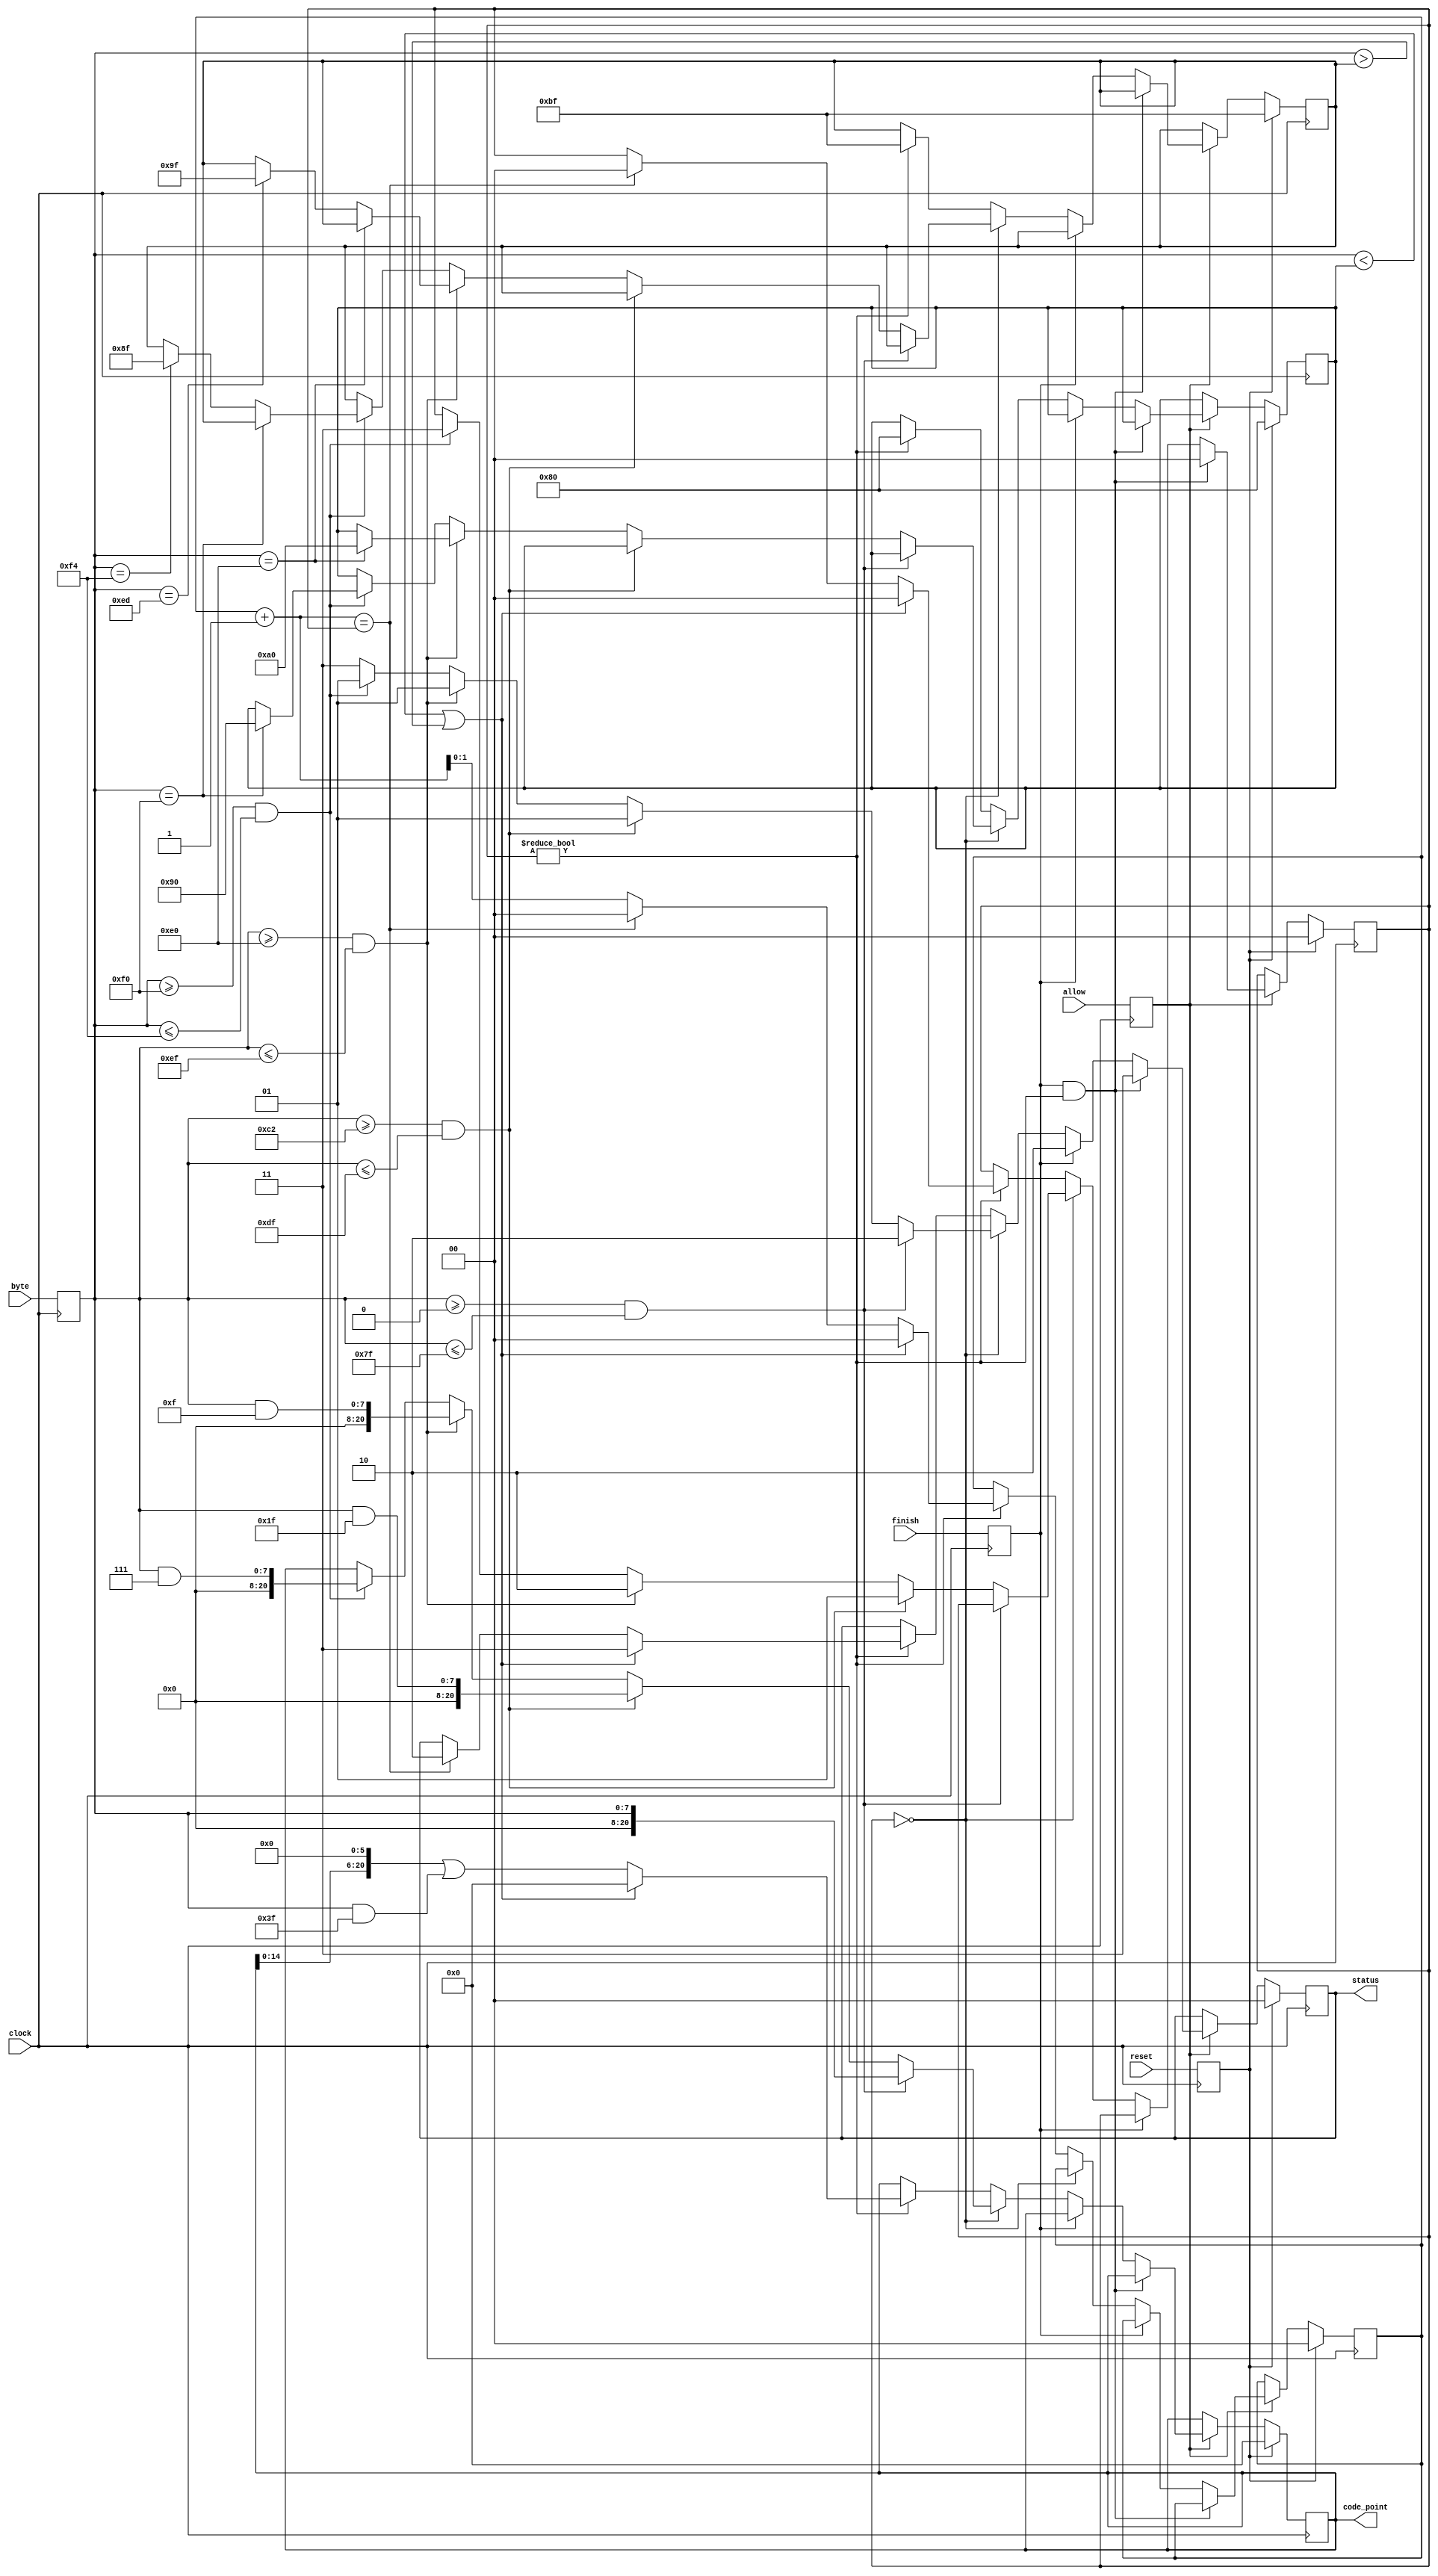
module UTF8Decoder
(
  input clock,
  input reset,
  input allow,
  input finish,
  input [7:0] byte,
  output reg[20:0] code_point,
  output reg[1:0] status
);
  localparam STATUS_INITIAL = 0;
  localparam STATUS_INPROCESS = 1;
  localparam STATUS_READY = 2;
  localparam STATUS_ERROR = 3;

  reg reg_reset;
  reg reg_allow;
  reg reg_finish;
  reg[7:0] reg_byte;

  reg[1:0] bytes_seen;
  reg[1:0] bytes_needed;
  reg[7:0] lower_boundary;
  reg[7:0] upper_boundary;

  always @(posedge clock) begin
    reg_reset <= reset;
    reg_allow <= allow;
    reg_byte <= byte;
    reg_finish <= finish;
    if (reg_reset) begin
      code_point <= 0;
      status <= STATUS_INITIAL;
      bytes_seen <= 0;
      bytes_needed <= 0;
      lower_boundary <= 'h80;
      upper_boundary <= 'hBF;
    end else if (reg_allow) begin
      if (reg_finish && (bytes_needed != 0)) begin
        bytes_needed <= 0;
        status <= STATUS_ERROR;
      end else if (reg_finish) begin
        status <= STATUS_READY;
      end else if (bytes_needed == 0) begin
        if ((reg_byte >= 'h00) && (reg_byte <= 'h7F)) begin
          code_point <= reg_byte;
          status <= STATUS_READY;
        end else if ((reg_byte >= 'hC2) && (reg_byte <= 'hDF)) begin
          bytes_needed <= 1;
          code_point <= reg_byte & 'h1F;
          status <= STATUS_INPROCESS;
        end else if ((reg_byte >= 'hE0) && (reg_byte <= 'hEF)) begin
          if (reg_byte == 'hE0) begin
            lower_boundary <= 'hA0;
          end else if (reg_byte == 'hED) begin
            upper_boundary <= 'h9F;
          end
          bytes_needed <= 2;
          code_point <= reg_byte & 'hF;
          status <= STATUS_INPROCESS;
        end else if ((reg_byte >= 'hF0) && (reg_byte <= 'hF4)) begin
          if (reg_byte == 'hF0) begin
            lower_boundary <= 'h90;
          end else if (reg_byte == 'hF4) begin
            upper_boundary <= 'h8F;
          end
          bytes_needed <= 3;
          code_point <= reg_byte & 'h7;
          status <= STATUS_INPROCESS;
        end else begin
          status <= STATUS_ERROR;
        end
      end else if (bytes_needed != 0) begin
        if ((reg_byte < lower_boundary) || (reg_byte > upper_boundary)) begin
          code_point <= 0;
          bytes_needed <= 0;
          bytes_seen <= 0;
          lower_boundary <= 'h80;
          upper_boundary <= 'hBF;
          status <= STATUS_ERROR;
        end else begin
          lower_boundary <= 'h80;
          upper_boundary <= 'hBF;
          code_point <= (code_point << 6) | (reg_byte & 'h3F);
          bytes_seen <= bytes_seen + 1;
          if ((bytes_seen + 1) == bytes_needed) begin
            bytes_needed <= 0;
            bytes_seen <= 0;
            status <= STATUS_READY;
          end
        end
      end
    end
  end
endmodule